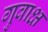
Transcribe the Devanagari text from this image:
गुवाक्ष